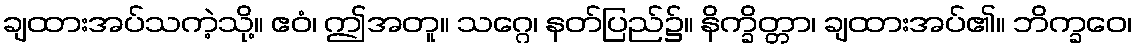
ချထားအပ်သကဲ့သို့။ ဧဝံ၊ ဤအတူ။ သဂ္ဂေ၊ နတ်ပြည်၌။ နိက္ခိတ္တာ၊ ချထားအပ်၏။ ဘိက္ခဝေ၊